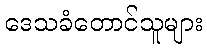
ဒေသခံတောင်သူများ